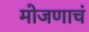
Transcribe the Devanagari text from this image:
मोजणाचं